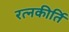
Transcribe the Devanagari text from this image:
रत्‍नकीर्ति